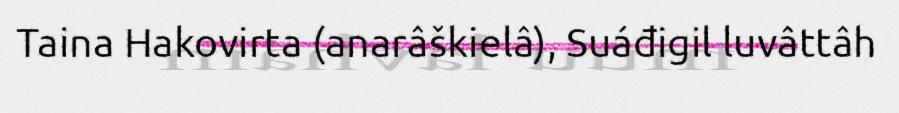
Taina Hakovirta (anarâškielâ), Suáđigil luvâttâh